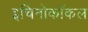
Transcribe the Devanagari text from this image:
इचिनोकॉकल